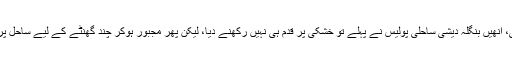
lجن مظلوموں نے جان بچا کر بنگلہ دیش کے ساحلوں پر جانے کی کوشش کی، انھیں بنگلہ دیشی ساحلی پولیس نے پہلے تو خشکی پر قدم ہی نہیں رکھنے دیا، لیکن پھر مجبور ہوکر چند گھنٹے کے لیے ساحل پر اُترنے دیا اور بعدازاں انھی کشتیوں میں دوبارہ کھلے سمندر میں دھکیل دیا۔